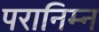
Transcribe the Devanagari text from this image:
परानिम्न